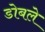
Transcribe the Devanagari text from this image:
डोबले